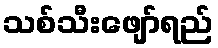
သစ်သီးဖျော်ရည်